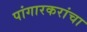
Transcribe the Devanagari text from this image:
पांगारकरांचा